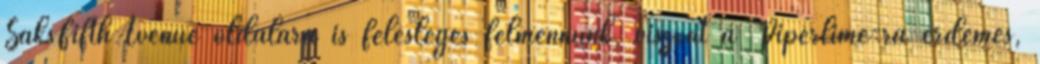
SaksFifthAvenue oldalára is felesleges felmennünk, viszont a Piperlime-ra érdemes,